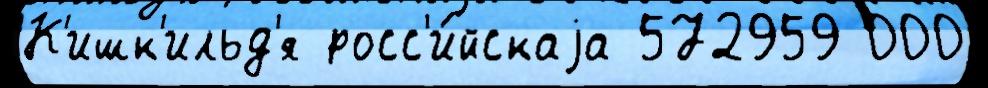
К'ишк'ильд'я росс'и́йскаjа 572959 000